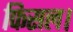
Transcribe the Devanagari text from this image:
फिसल।